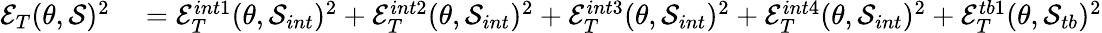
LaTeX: \begin{array}{rl}{\mathcal{E}_{T}(\theta,\mathcal{S})^{2}}&{{}=\mathcal{E}_{T}^{int1}(\theta,\mathcal{S}_{int})^{2}+\mathcal{E}_{T}^{int2}(\theta,\mathcal{S}_{int})^{2}+\mathcal{E}_{T}^{int3}(\theta,\mathcal{S}_{int})^{2}+\mathcal{E}_{T}^{int4}(\theta,\mathcal{S}_{int})^{2}+\mathcal{E}_{T}^{tb1}(\theta,\mathcal{S}_{tb})^{2}}\end{array}